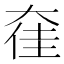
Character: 㚝